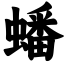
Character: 蟠